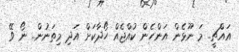
އައްޗީ.. މަ ނޫޅެން އަންހެން ކުއްޖެއް ހޯދާކަށް އަދި މިތަނުން.. ނޯ ވޭ